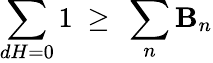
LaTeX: \sum_{dH=0}1\ \geq\ \sum_{n}\mathbf{B}_{n}